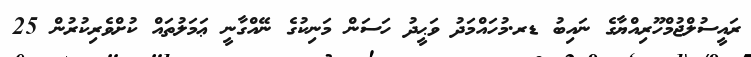
ރައީސުލްޖުމްހޫރިއްޔާގެ ނައިބު ޑރ.މުހައްމަދު ވަޙީދު ހަސަން މަނިކުގެ ނޭއްގާނީ ޢަމަލުތައް ކުށްވެރިކުރުން 25